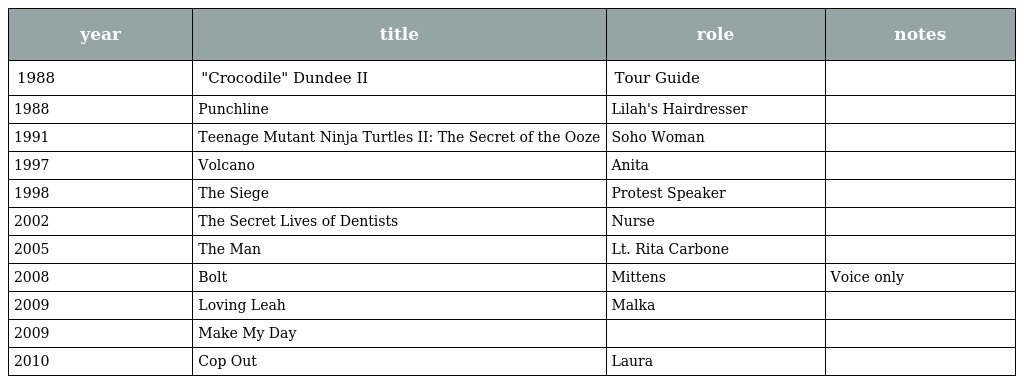
| year | title | role | notes |
 | --- | --- | --- | --- |
 | 1988 | "Crocodile" Dundee II | Tour Guide |  |
 | 1988 | Punchline | Lilah's Hairdresser |  |
 | 1991 | Teenage Mutant Ninja Turtles II: The Secret of the Ooze | Soho Woman |  |
 | 1997 | Volcano | Anita |  |
 | 1998 | The Siege | Protest Speaker |  |
 | 2002 | The Secret Lives of Dentists | Nurse |  |
 | 2005 | The Man | Lt. Rita Carbone |  |
 | 2008 | Bolt | Mittens | Voice only |
 | 2009 | Loving Leah | Malka |  |
 | 2009 | Make My Day |  |  |
 | 2010 | Cop Out | Laura |  |